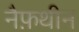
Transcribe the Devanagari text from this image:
नैफ़थीन